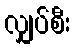
လျှပ်စီး